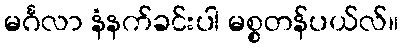
မင်္ဂလာ နံနက်ခင်းပါ မစ္စတန်ပယ်လ်။